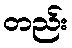
တည်း